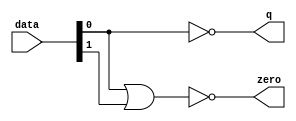
module  fp_add_sub_altpriority_encoder_nh8
	(
	data,
	q,
	zero) ;
	input   [1:0]  data;
	output   [0:0]  q;
	output   zero;
	assign
		q = {(~ data[0])},
		zero = (~ (data[0] | data[1]));
endmodule